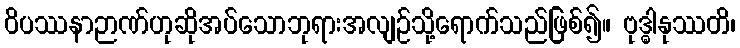
ဝိပဿနာဉာဏ်ဟုဆိုအပ်သောဘုရားအလျဉ်သို့ရောက်သည်ဖြစ်၍။ ဗုဒ္ဓါနုဿတိ၊